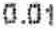
0.01